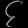
Digit: ၄